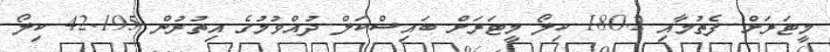
މީޓަރަށް ފެތުމާއި 180.2 ކިލޯ މީޓަރަށް ބައިސްކަލް ދުއްވުމުގެ އިތުރުން 42.195 ކިލޯ